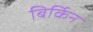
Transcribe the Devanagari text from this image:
बिर्किन